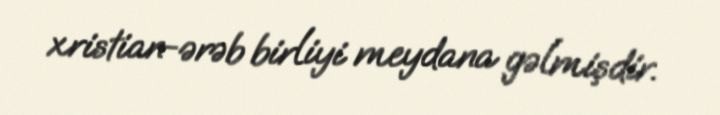
xristian-ərəb birliyi meydana gəlmişdir.